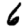
Digit: 6